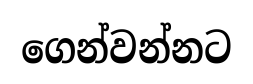
ගෙන්වන්නට